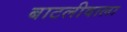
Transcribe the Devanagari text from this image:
बाटलीवाला